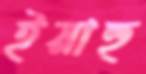
ইয়াহু